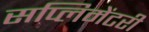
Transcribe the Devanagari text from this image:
सप्लिमेंटरी